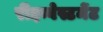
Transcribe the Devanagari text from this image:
रीइन्वेस्टमेंट